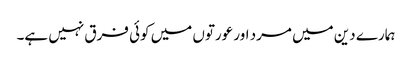
ہمارے دین میں مرد اور عورتوں میں کوئی فرق نہیں ہے۔